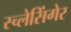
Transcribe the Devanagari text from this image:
स्च्लेसिंगेर